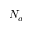
N _ { a }